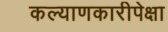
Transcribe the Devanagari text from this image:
कल्याणकारीपेक्षा